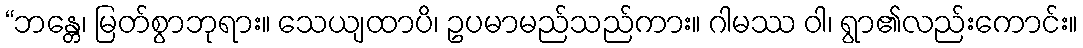
“ဘန္တေ၊ မြတ်စွာဘုရား။ သေယျထာပိ၊ ဥပမာမည်သည်ကား။ ဂါမဿ ဝါ၊ ရွာ၏လည်းကောင်း။